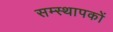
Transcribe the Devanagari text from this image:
सम्स्थापकों